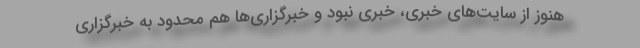
هنوز از سایت‌های خبری، خبری نبود و خبرگزاری‌ها هم محدود به خبرگزاری